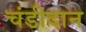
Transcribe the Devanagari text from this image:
चंडीदान